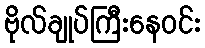
ဗိုလ်ချုပ်ကြီးနေဝင်း